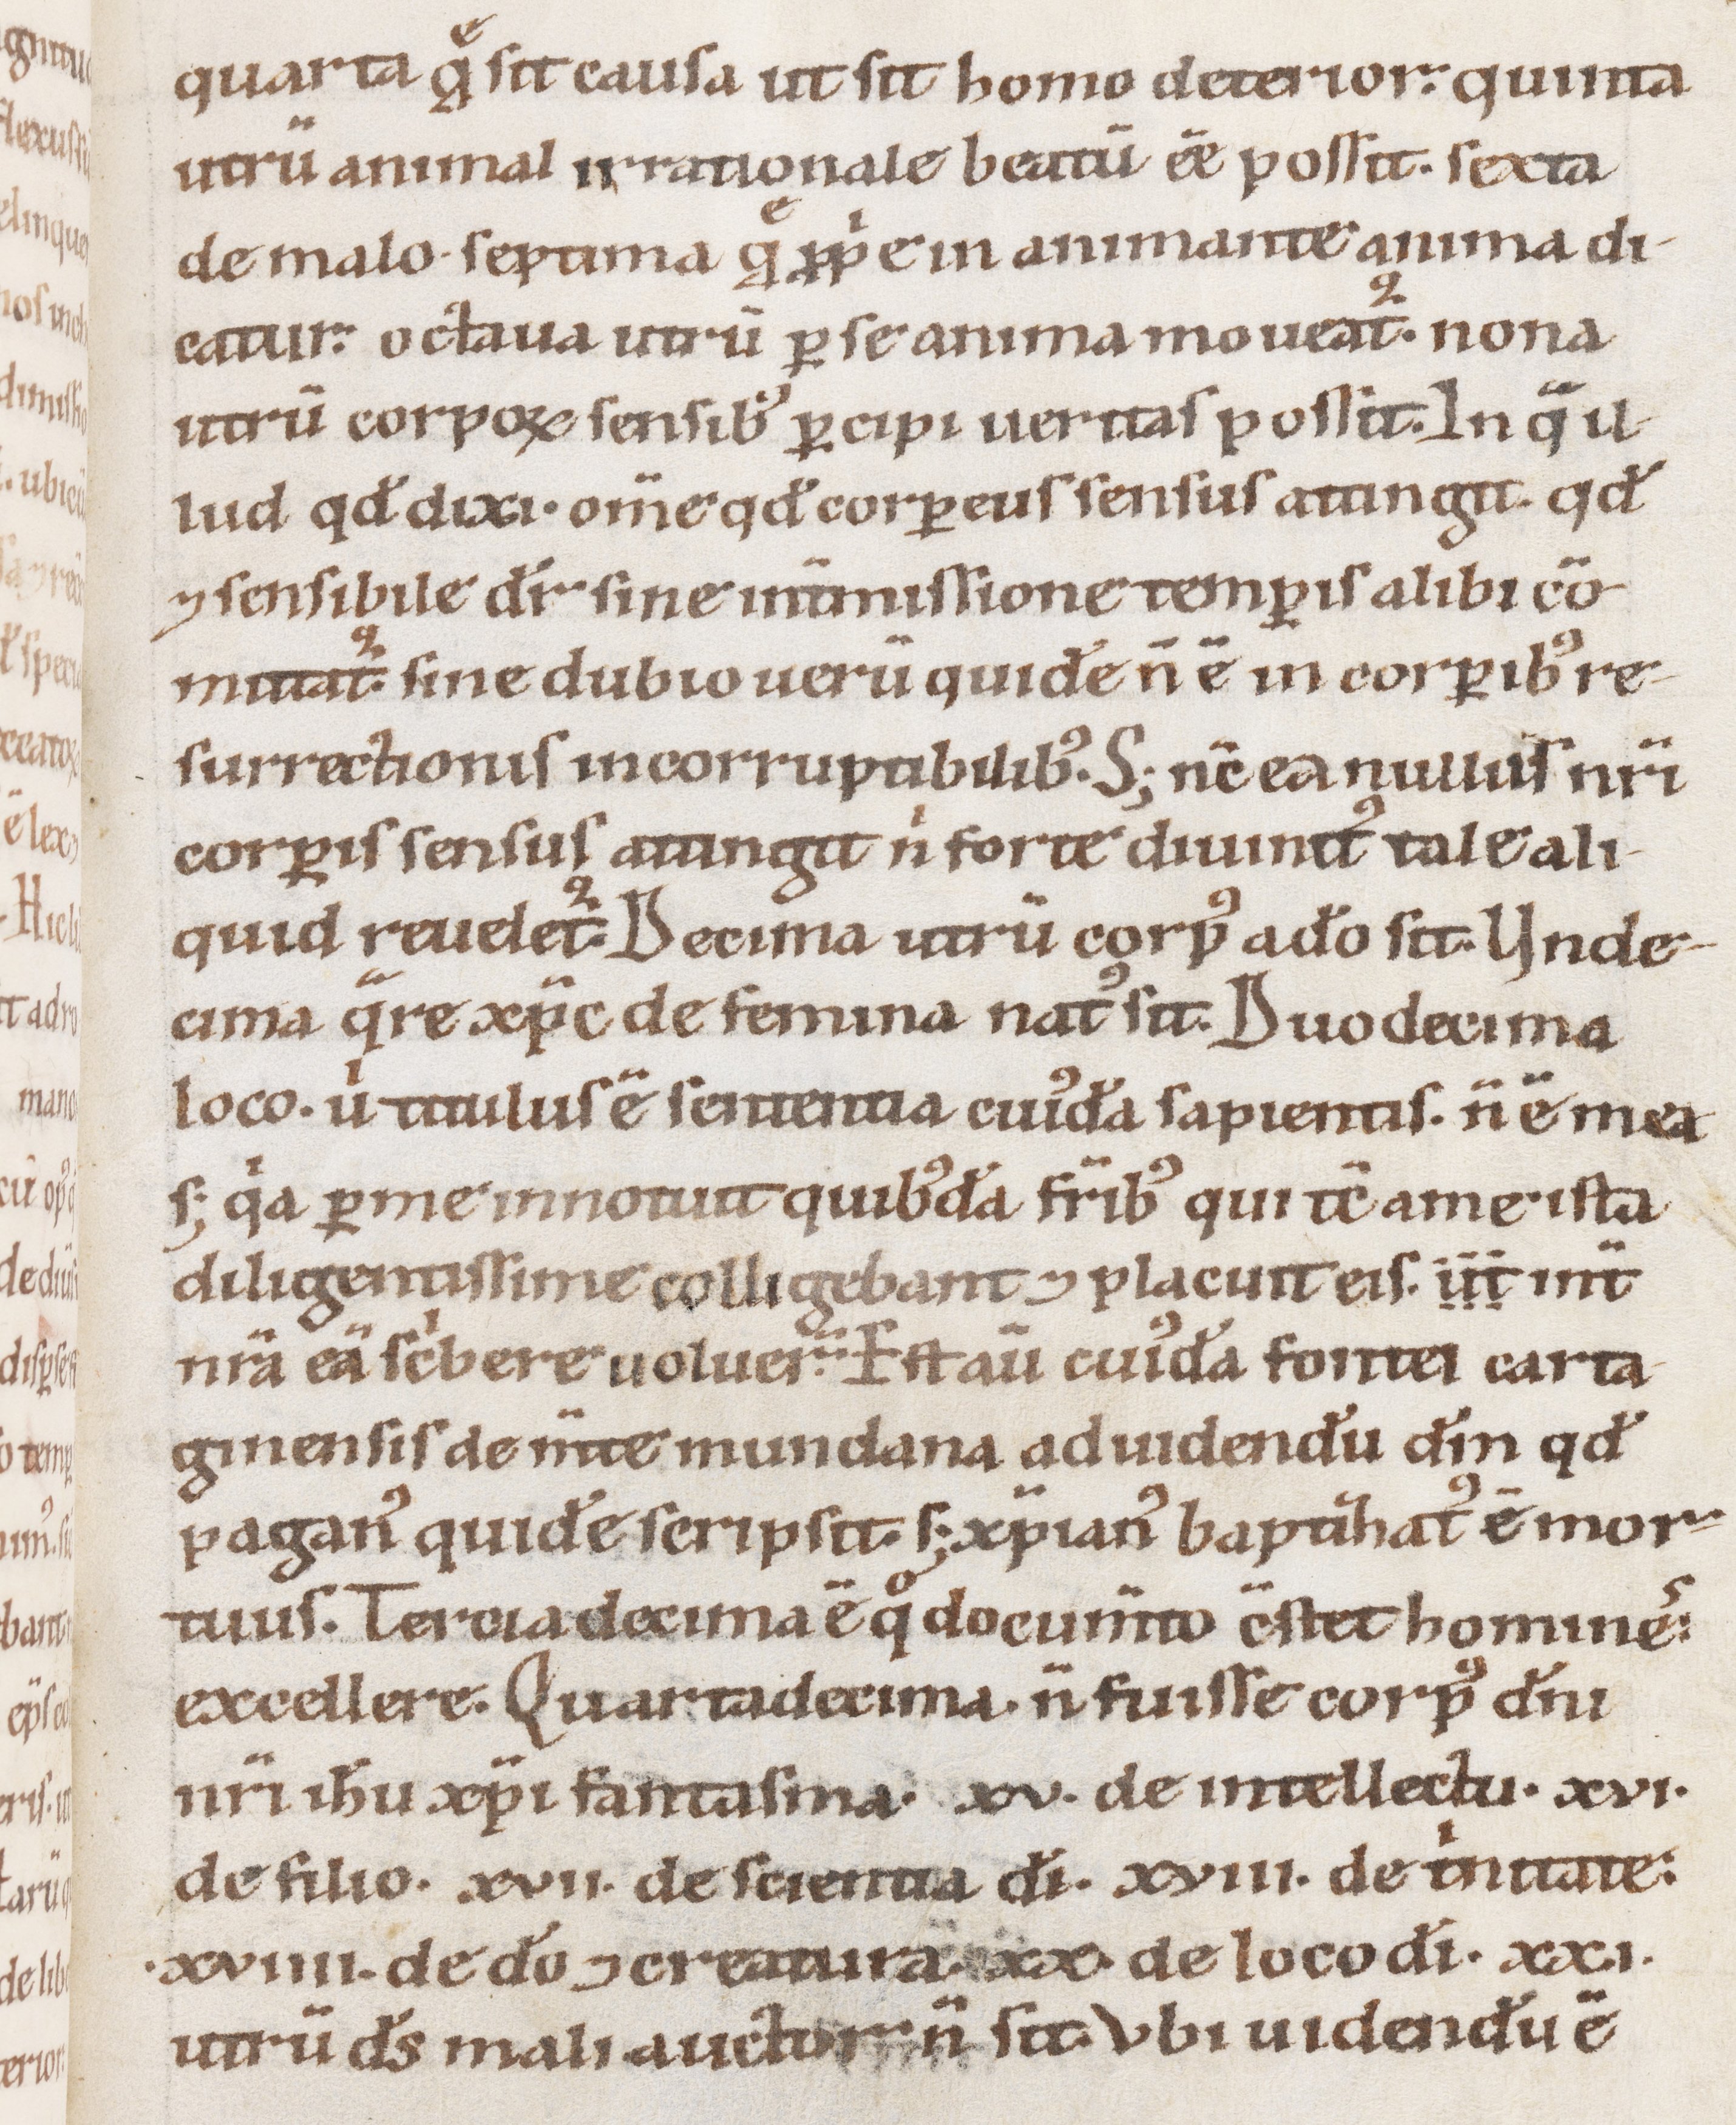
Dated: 1100–1199